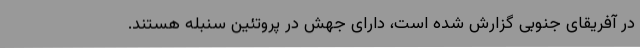
در آفریقای جنوبی گزارش شده است، دارای جهش در پروتئین سنبله هستند.